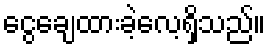
ငွေချေထားခဲ့လေ့ရှိသည်။